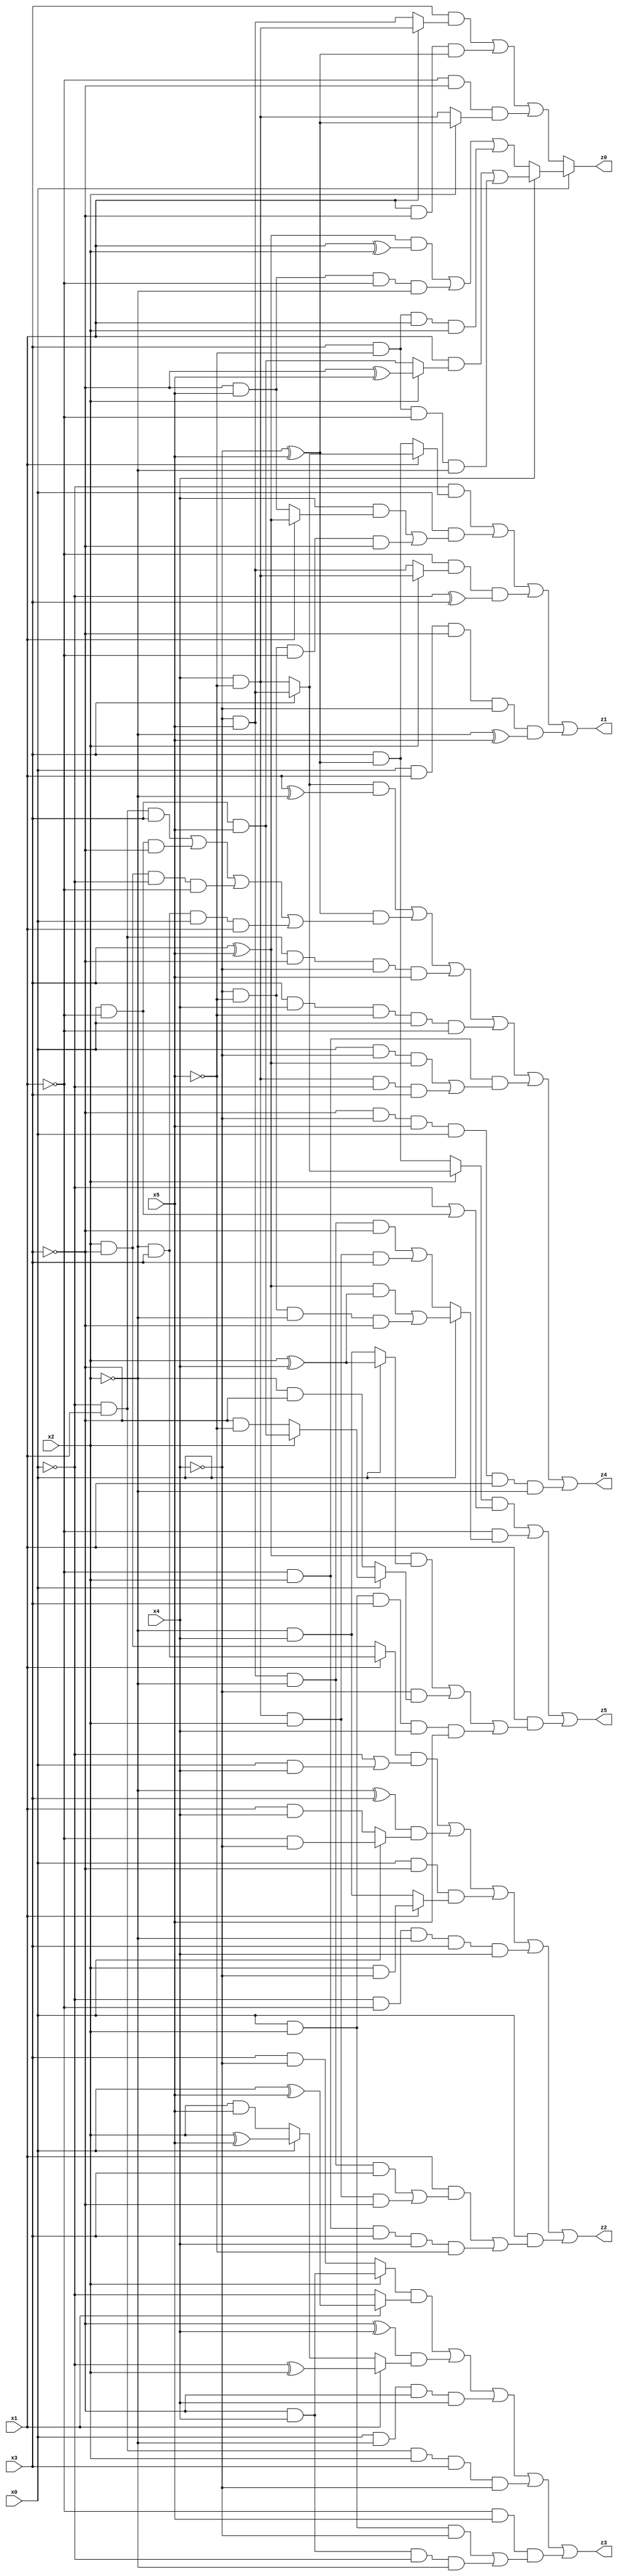
// Benchmark "X_2" written by ABC on Thu Jun 29 03:14:01 2023

module X_2 ( 
    x0, x1, x2, x3, x4, x5,
    z0, z1, z2, z3, z4, z5  );
  input  x0, x1, x2, x3, x4, x5;
  output z0, z1, z2, z3, z4, z5;
  assign z0 = x0 ? (x4 ? ((x1 & (x2 ? (~x3 ^ x5) : (x3 & x5))) | (x3 & ~x5 & ~x1 & ~x2)) : (((x3 ^ x5) & (x1 ^ x2)) | (~x3 & x5 & ~x1 & ~x2) | (x3 & ~x5 & x1 & x2))) : ((x3 & (x1 ? (x4 & ~x5) : (~x4 & x5))) | (x1 & ~x3 & (~x4 ^ x5)) | (~x1 & ~x3 & (x2 ? (~x4 ^ x5) : (x4 & ~x5))));
  assign z1 = (~x0 & (x1 ? (x3 ? (~x4 & x5) : (x4 & ~x5)) : (x3 & (~x4 ^ x5)))) | (x0 & ((x4 & (x1 ? (x3 ^ x5) : (~x3 & x5))) | (~x4 & ~x5 & ~x1 & ~x3))) | (~x1 & (x2 ? (x4 & ~x5) : (~x4 & x5)) & (~x0 ^ x3)) | (x0 & x1 & ~x3 & ~x4 & (~x2 ^ x5));
  assign z2 = ((x1 ? (~x2 & x3) : (x2 & ~x3)) & (~x0 | (x0 & x4))) | ((~x2 ^ x3) & (x0 ? (~x1 & ~x4) : (x1 & x4))) | (x0 & ~x3 & (x1 ? (x2 & ~x4) : (~x2 & x4))) | (~x0 & ~x1 & ~x2 & x3 & x4) | (x0 & ((x1 & ((~x4 & x5 & ~x2 & x3) | (x4 & ~x5 & x2 & ~x3))) | (~x1 & x2 & x3 & x4 & ~x5)));
  assign z3 = ((x2 ? (~x3 & x4) : (x3 & ~x4)) & (x1 ? (x0 ^ x5) : ~x0)) | ((~x3 ^ x4) & (x1 ? (~x0 ^ x2) : (x0 ? (x2 ^ x5) : (x2 & x5)))) | (x0 & ~x2 & ~x3 & x4) | (~x0 & x1 & x2 & x3 & ~x4) | (~x1 & x5 & ((x0 & x2 & ~x4) | (~x3 & x4 & ~x0 & ~x2)));
  assign z4 = ((x3 ? (~x4 & x5) : (x4 & ~x5)) & (x1 ^ ~x2)) | ((~x4 ^ x5) & ((~x0 & x1 & x3) | (x0 & ~x1 & ~x3) | (x2 & ~x3 & ~x0 & ~x1) | (~x2 & x3 & x0 & x1))) | (~x0 & x1 & ~x3 & ~x4 & x5) | (x3 & x4 & ~x5 & x0 & ~x1) | (~x1 & x2 & ((x0 & ~x4 & (x3 ^ x5)) | (x4 & ~x5 & ~x0 & x3))) | (~x3 & ~x4 & x5 & x0 & x1 & ~x2);
  assign z5 = ((x2 ? (x3 ? (~x4 & x5) : (x4 & ~x5)) : (x3 & (~x4 ^ x5))) & (~x0 | (x0 & ~x1))) | (~x1 & (x0 ? (((x3 ^ x5) & (x2 ^ x4)) | (~x4 & ~x5 & ~x2 & ~x3)) : ((~x4 & x5 & ~x2 & ~x3) | (x4 & ~x5 & x2 & x3)))) | (x1 & (((x3 ^ x5) & (x0 ? (x2 ^ x4) : (~x2 & x4))) | (~x4 & (x0 ? (x2 ? (x3 & x5) : (~x3 & ~x5)) : (~x2 & ~x3))) | (x0 & x2 & x3 & x4 & x5)));
endmodule